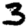
Digit: 3